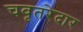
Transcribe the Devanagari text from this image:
चबूतरेदार